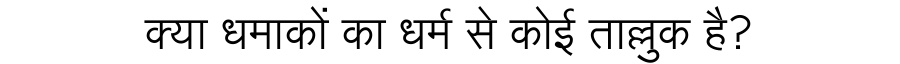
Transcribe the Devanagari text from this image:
क्या धमाकों का धर्म से कोई ताल्लुक है?